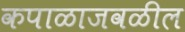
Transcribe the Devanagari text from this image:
कपाळाजवळील